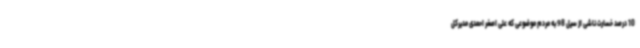
10 درصد خسارت ناشی از سیل 98 به مردم موضوعی که علی اصغر احمدی مدیرکل